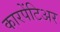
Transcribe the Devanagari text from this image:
कारपेंटिअर